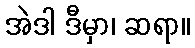
အဲဒါ ဒီမှာ၊ ဆရာ။